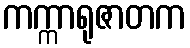
ကက္ကာရုဇာတက